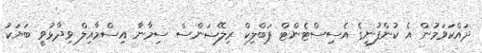
ދައްކަވަމުން އެ ކުންފުނީގެ އެސިސްޓެންޓް ޕަބްލިކް ރިލޭޝަންސް ސިމާނާ އިސްމާއިލް ވިދާޅުވީ ބަޔަކު